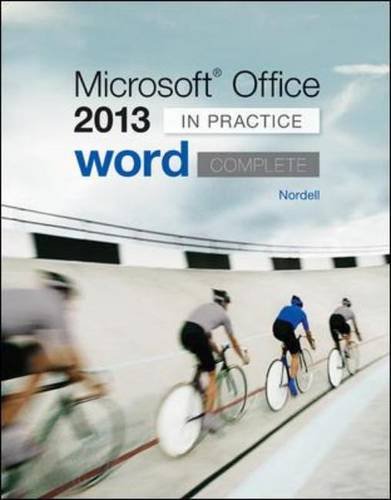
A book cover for Microsoft Office Word 2013 Complete: In Practice; Randy Nordell; Computers & Technology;